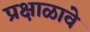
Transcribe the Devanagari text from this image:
प्रक्षाळावे